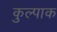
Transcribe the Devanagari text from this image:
कुल्पाक